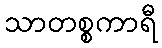
သာတစ္စကာရီ